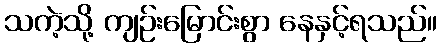
သကဲ့သို့ ကျဉ်းမြောင်းစွာ နေနှင့်ရသည်။